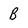
Character: B